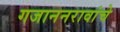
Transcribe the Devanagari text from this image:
गजाननरावांचे